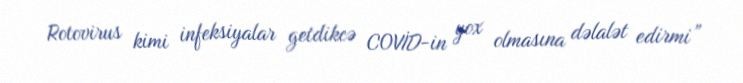
Rotovirus kimi infeksiyalar getdikcə COVİD-in yox olmasına dəlalət edirmi”